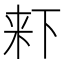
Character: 𣑎